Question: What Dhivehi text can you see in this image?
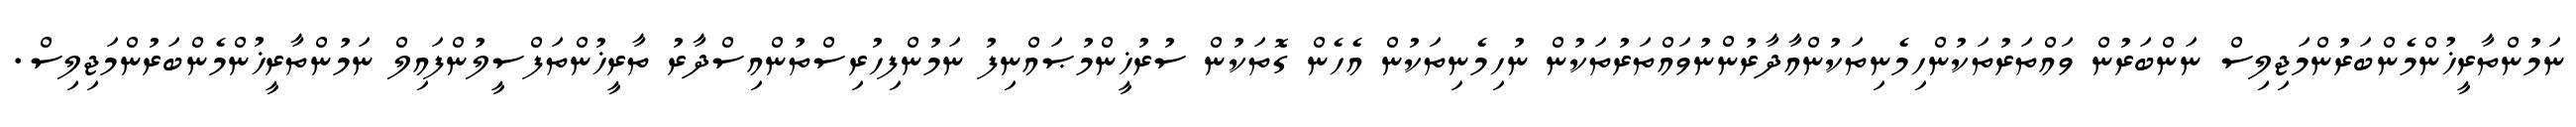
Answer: ނަމުންތާރީޚުންމެންބަރުންމަޖިލިސް ނަންބަރުން ވައްތަރުތަކުންހިމެނިތަކުންއާދާރުންނުވައްތަރުތަކުން ނުހިމެނިތަކުން އެހެން ގޮތަކުން ސުރުޚީންމުޞައްނިފު ނަމުންފިހުރިސްތުންއިސްދާރު ތާރީޚުންތަފްސީލުންފައިލް ނަމުންތާރީޚުންމެންބަރުންމަޖިލިސް.